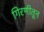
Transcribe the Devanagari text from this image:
गिरणीतून